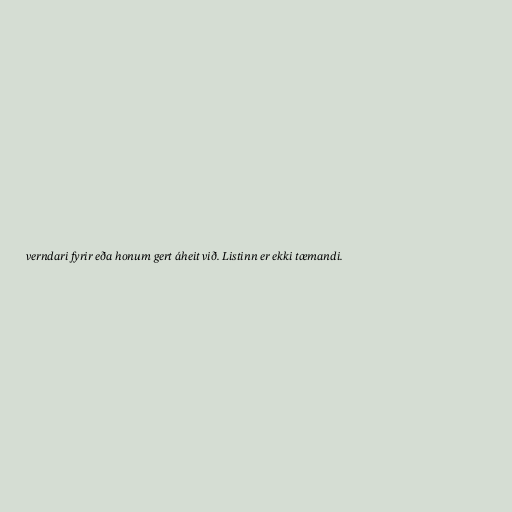
verndari fyrir eða honum gert áheit við. Listinn er ekki tæmandi.